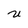
Character: U